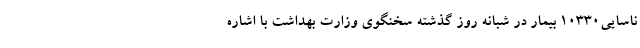
ناسایی۱۰۳۳۰ بیمار در شبانه روز گذشته سخنگوی وزارت بهداشت با اشاره